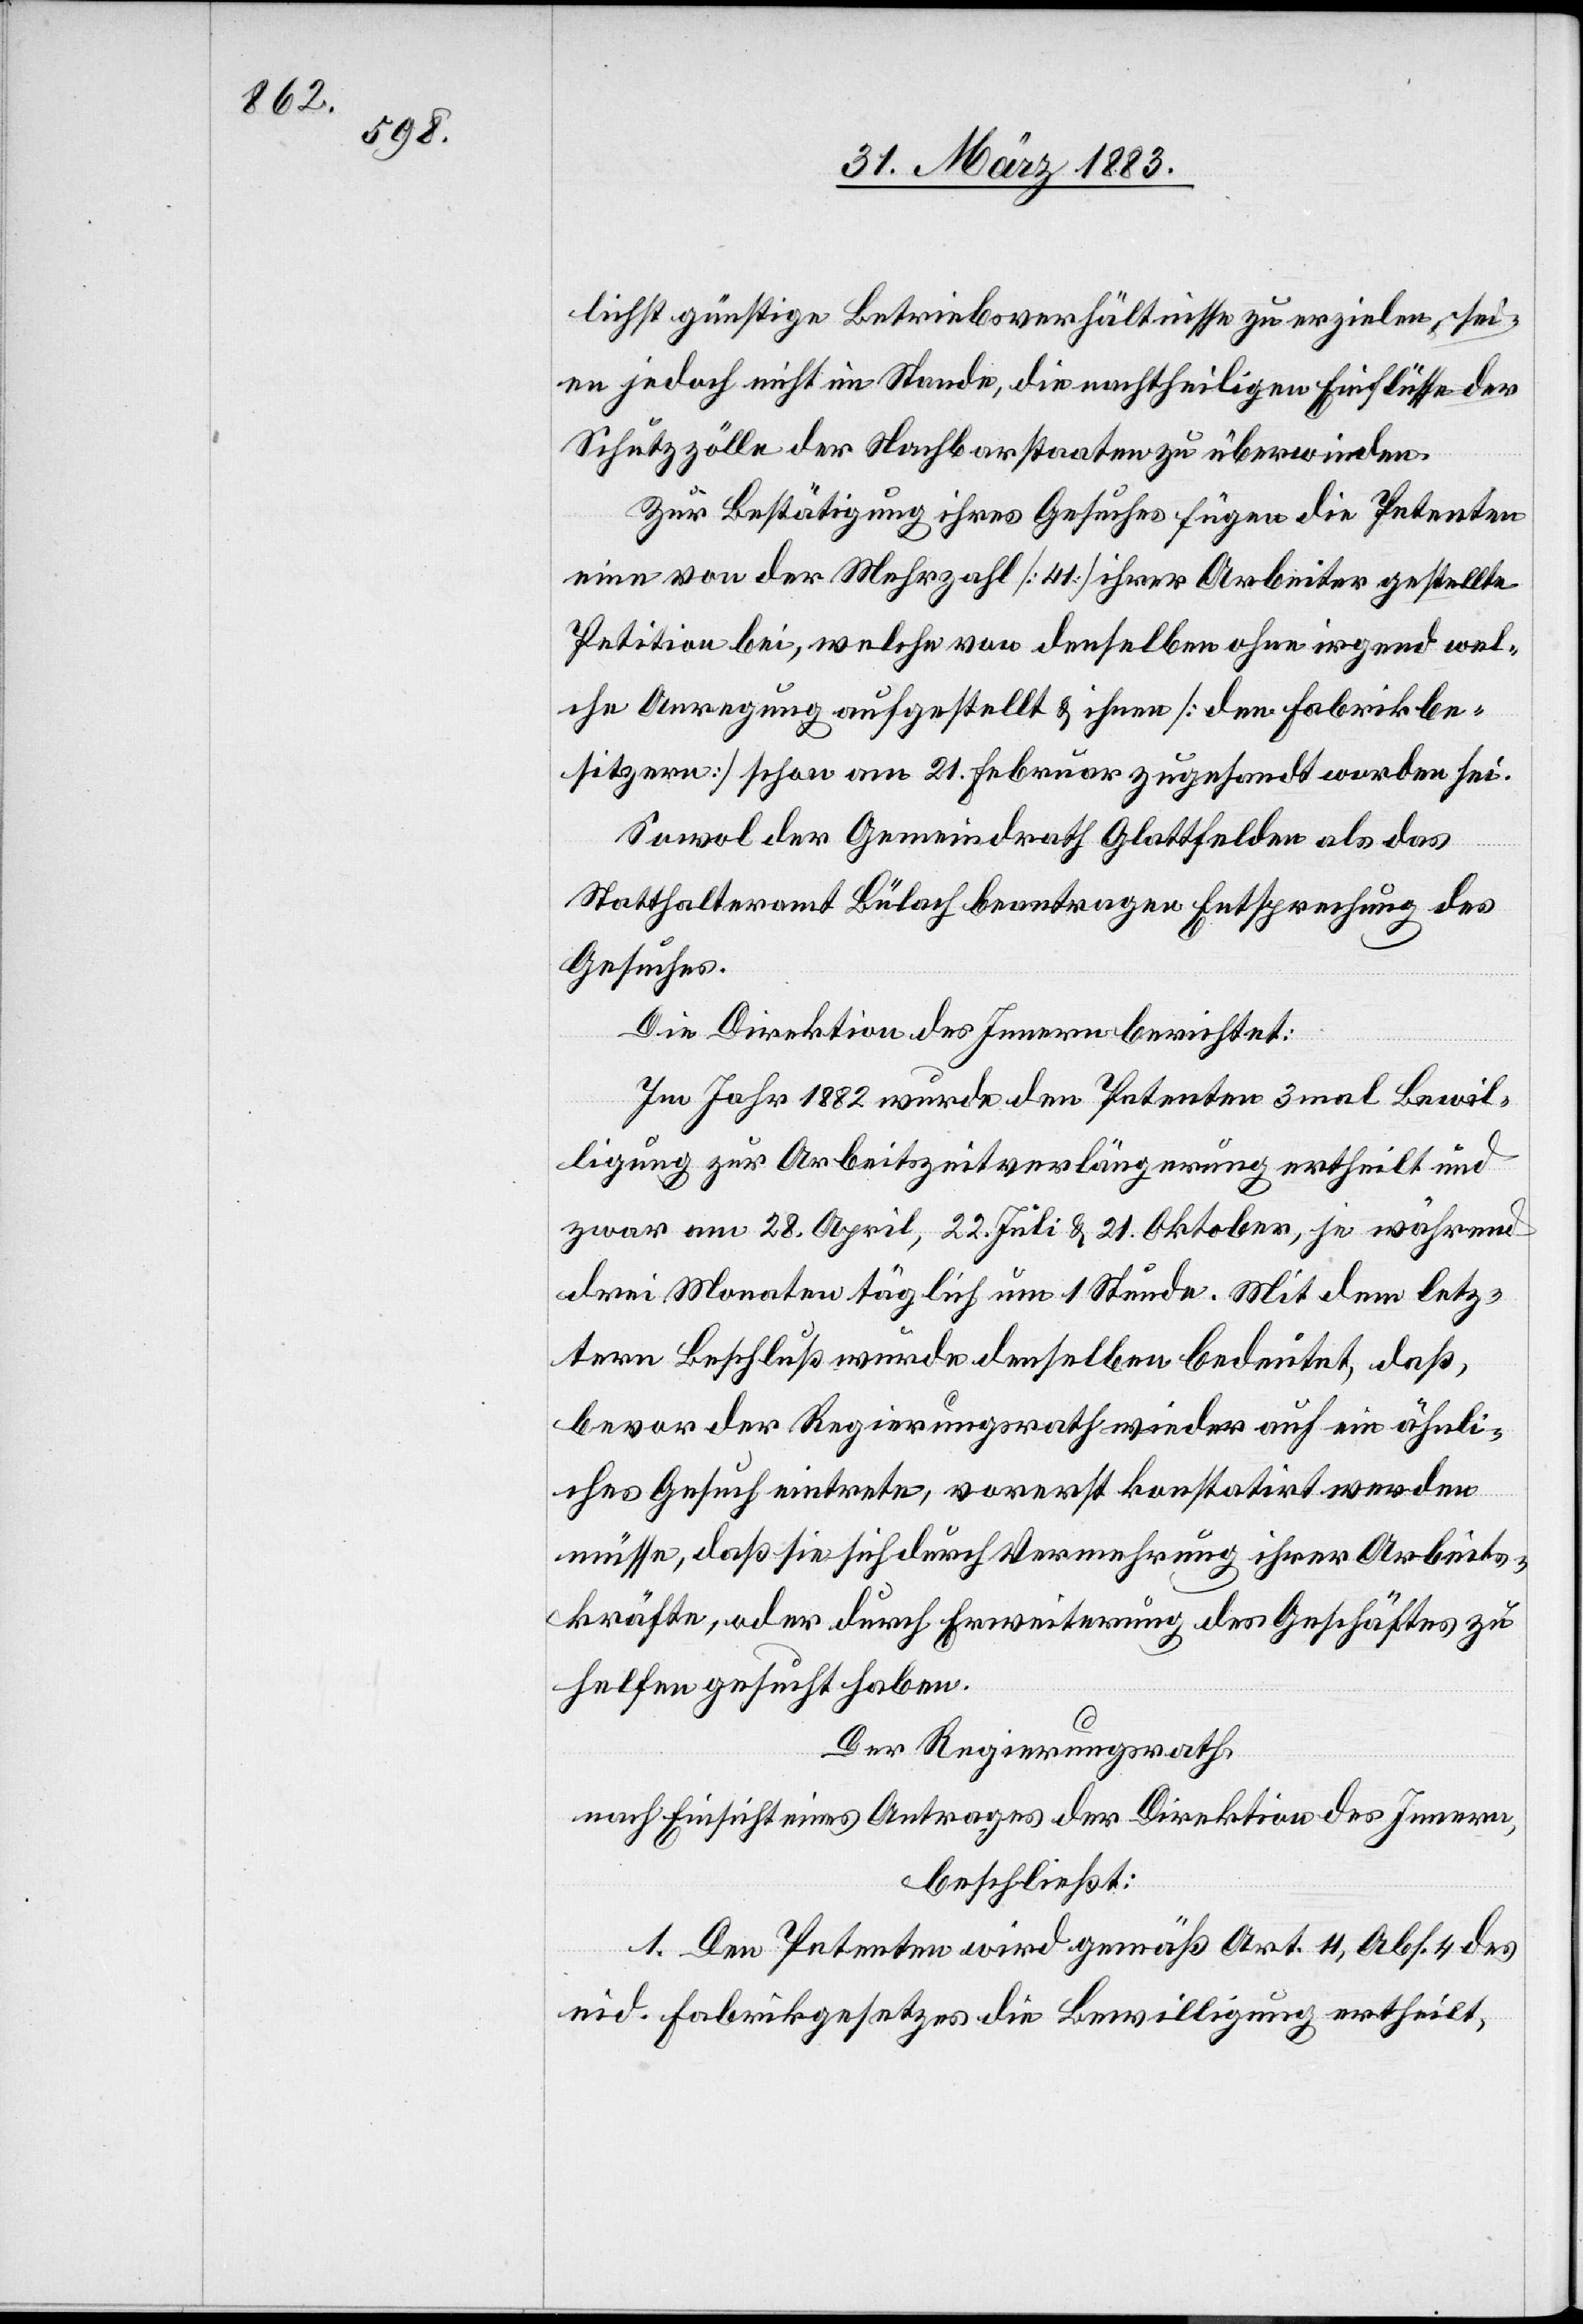
lichst günstige Betriebsverhältnisse zu erzielen, sei¬
en jedoch nicht im Stande, die nachtheiligen Einflüsse der
Schutzzölle der Nachbarstaaten zu überwinden.
Zur Bestätigung ihres Gesuches fügen die Petenten
eine von der Mehrzahl [41] ihrer Arbeiter gestellte
Petition bei, welche von denselben ohne irgend wel¬
che Anregung aufgestellt & ihnen [den Fabrikbe¬
sitzern] schon am 21. Februar zugesandt worden sei.
Sowol der Gemeindrath Glattfelden als das
Statthalteramt Bülach beantragen Entsprechung des
Gesuches.
Die Direktion des Innern berichtet:
Im Jahr 1882 wurde den Petenten 3mal Bewil¬
ligung zur Arbeitszeitverlängerung ertheilt und
zwar am 28. April, 22. Juli & 21. Oktober, je während
drei Monaten täglich um 1 Stunde. Mit dem letz¬
tern Beschluß wurde denselben bedeutet, daß,
bevor der Regierungsrath wieder auf ein ähnli¬
ches Gesuch eintrete, vorerst konstatirt werden
müsse, daß sie sich durch Vermehrung ihrer Arbeits¬
kräfte, oder durch Erweiterung des Geschäftes zu
helfen gesucht haben.
Der Regierungsrath,
nach Einsicht eines Antrages der Direktion des Innern,
beschließt:
1. Den Petenten wird gemäß § 11, Abs. 4 des
eid. Fabrikgesetzes die Bewilligung ertheilt,